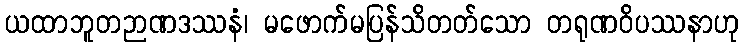
ယထာဘူတဉာဏဒဿနံ၊ မဖောက်မပြန်သိတတ်သော တရုဏဝိပဿနာဟု